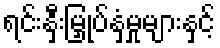
ရင်းနှီးမြှုပ်နှံမှုများနှင့်